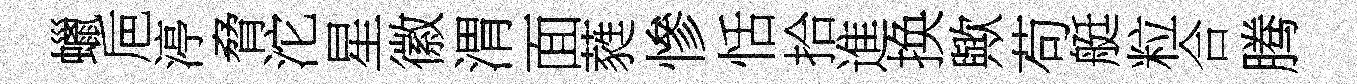
蠟巵渟脅沱星徽渭面蕤慘恬拾進换歟苟艇粒合腾